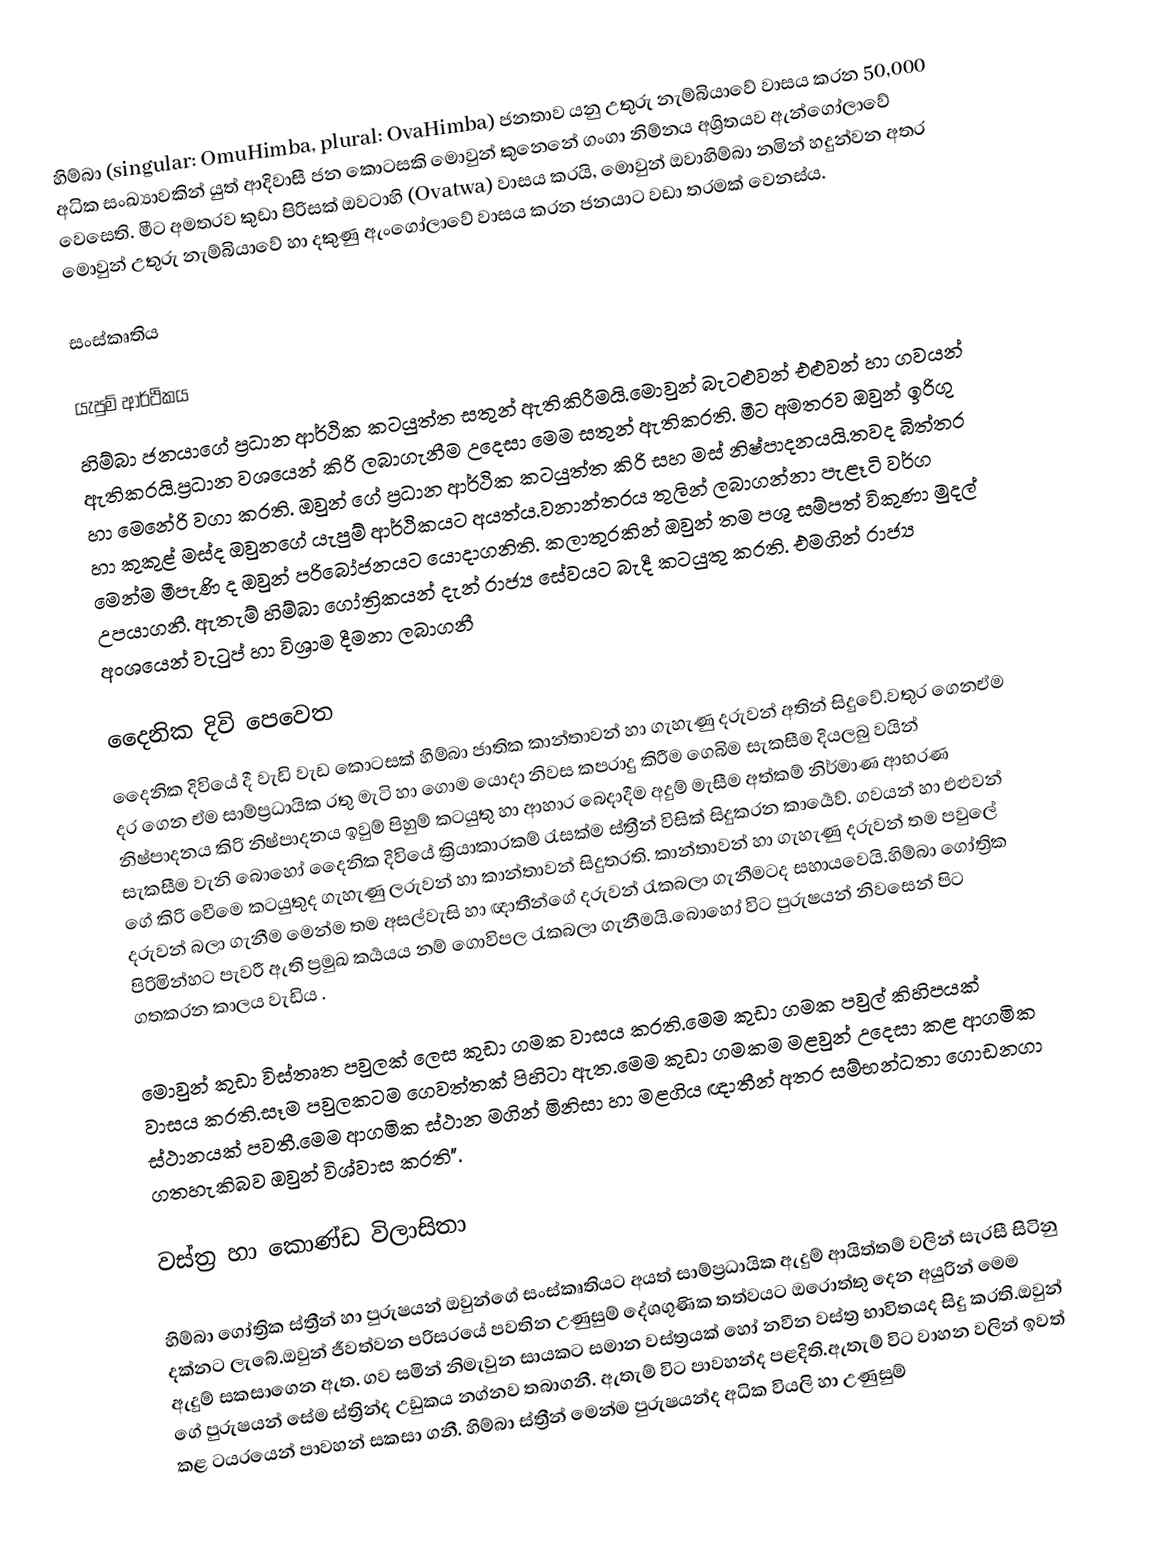
හිම්බා (singular: OmuHimba, plural: OvaHimba) ජනතාව යනු උතුරු නැම්බියාවේ වාසය කරන 50,000  අධික සංඛ්‍යාවකින් යුත් ආදිවාසී ජන කොටසකි මොවුන් කුනෙනේ ගංගා නිම්නය අශ්‍රිතයව ඇන්ගෝලාවේ වෙසෙති. මීට අමතරව කුඩා පිරිසක් ඔවටාහි (Ovatwa) වාසය කරයි, මොවුන් ඔවාහිම්බා නමින් හදුන්වන අතර මොවුන් උතුරු නැම්බියාවේ හා දකුණු ඇංගෝලාවේ වාසය කරන ජනයාට වඩා තරමක් වෙනස්ය.

සංස්කෘතිය

යැපුම් ආර්ථිකය
හිම්බා ජනයාගේ ප්‍රධාන ආර්ථික කටයුත්ත සතුන් ඇතිකිරීමයි.මොවුන් බැටළුවන් එළුවන් හා ගවයන් ඇතිකරයි.ප්‍රධාන වශයෙන් කිරි ලබාගැනීම උදෙසා මෙම සතුන් ඇතිකරති. මීට අමතරව  ඔවුන් ඉරිගු හා   මෙනේරි වගා කරති. ඔවුන් ගේ ප්‍රධාන ආර්ථික කටයුත්ත කිරි සහ මස් නිෂ්පාදනයයි.තවද බිත්තර හා කුකුළ් මස්ද ඔවුනගේ යැපුම් ආර්ථිකයට අයත්ය.වනාන්තරය තුලින් ලබාගන්නා පැළෑටි වර්ග මෙන්ම මීපැණි ද ඔවුන් පරිබෝජනයට යොදාගනිති. කලාතුරකින් ඔවුන් තම පශු සම්පත් විකුණා මුදල් උපයාගනී. ඇතැම් හිම්බා ගෝත්‍රිකයන් දැන් රාජ්‍ය සේවයට බැදී කටයුතු කරති. එමගින් රාජ්‍ය අංශයෙන් වැටුප් හා විශ්‍රාම දීමනා ලබාගනී

දෛනික දිවි පෙවෙත
දෛනික දිවියේ දී වැඩි වැඩ කොටසක් හිම්බා ජාතික කාන්තාවන් හා ගැහැණු දරුවන් අතින් සිදුවේ.වතුර ගෙනඒම දර ගෙන ඒම සාම්ප්‍රධායික රතු මැටි හා ගොම  යොදා නිවස කපරාදු කිරීම ගෙබිම සැකසීම දියලබු වයින් නිෂ්පාදනය කිරි නිෂ්පාදනය ඉවුම් පිහුම් කටයුතු හා ආහාර බෙදාදීම අදුම් මැසීම අත්කම් නිර්මාණ ආභරණ සැකසීම  වැනි බොහෝ දෛනික දිවියේ ක්‍රියාකාරකම් රැසක්ම ස්ත්‍රීන් විසික් සිදුකරන කාර්‍යෙව්. ගවයන් හා එළුවන් ගේ කිරි වෙීමෙ කටයුතුද ගැහැණු ලරුවන් හා කාන්තාවන් සිදුතරති. කාන්තාවන් හා ගැහැණු දරුවන් තම පවුලේ දරුවන් බලා ගැනීම මෙන්ම තම අසල්වැසි හා ඥාතීන්ගේ දරුවන් රැකබලා ගැනීමටද සහායවෙයි.හිම්බා ගෝත්‍රික පිරිමින්හට පැවරී ඇති ප්‍රමුඛ කර්‍යයය නම් ගොවිපල රැකබලා ගැනීමයි.බොහෝ විට පුරුෂයන්  නිවසෙන් පිට ගතකරන කාලය වැඩිය .

මොවුන් කුඩා විස්තෘත පවුලක් ලෙස කුඩා ගමක වාසය කරති.මෙම කුඩා ගමක පවුල් කිහිපයක් වාසය කරති.සෑම පවුලකටම ගෙවත්තක් පිහිටා ඇත.මෙම කුඩා ගමකම මළවුන් උදෙසා කළ ආගමික ස්ථානයක් පවතී.මෙම ආගමික ස්ථාන මගින් මිනිසා හා මළගිය ඥාතීන් අතර සම්භන්ධතා ගොඩනගා ගතහැකිබව ඔවුන් විශ්වාස කරති".

වස්ත්‍ර හා කොණ්ඩ විලාසිතා

හිම්බා ගෝත්‍රික ස්ත්‍රීන් හා පුරුෂයන් ඔවුන්ගේ සංස්කෘතියට අයත් සාම්ප්‍රධායික  ඇදුම් ආයිත්තම් වලින් සැරසී සිටිනු දක්නට ලැබේ.ඔවුන් ජීවත්වන පරිසරයේ පවතින උණුසුම් දේශගුණික  තත්වයට ඔරොත්තු දෙන අයුරින් මෙම ඇදුම් සකසාගෙන ඇත. ගව සමින් නිමැවුන සායකට සමාන වස්ත්‍රයක් හෝ නවීන වස්ත්‍ර භාවිතයද සිදු කරති.ඔවුන් ගේ පුරුෂයන් සේම ස්ත්‍රින්ද උඩුකය නග්නව තබාගනී. ඇතැම් විට පාවහන්ද පළදිති.ඇතැම් විට වාහන වලින් ඉවත් කළ ටයරයෙන් පාවහන් සකසා ගනී. හිම්බා ස්ත්‍රීන් මෙන්ම පුරුෂයන්ද අධික වියලි හා උණුසුම්